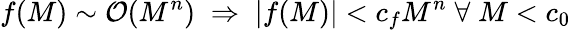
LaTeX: f(M)\sim\mathcal{O}(M^{n})\; \Rightarrow\; |f(M)|<c_{f}M^{n}\; \forall\; M<c_{0}